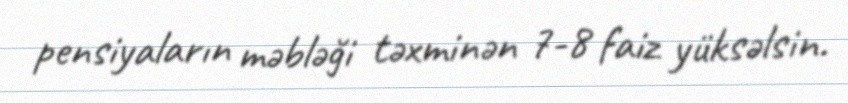
pensiyaların məbləği təxminən 7-8 faiz yüksəlsin.